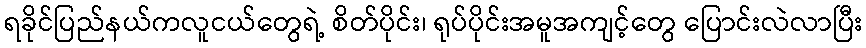
ရခိုင်ပြည်နယ်ကလူငယ်တွေရဲ့ စိတ်ပိုင်း၊ ရုပ်ပိုင်းအမူအကျင့်တွေ ပြောင်းလဲလာပြီး